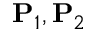
\mathbf { P } _ { 1 } , \mathbf { P } _ { 2 }